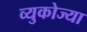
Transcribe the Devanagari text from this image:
व्युकोज्या